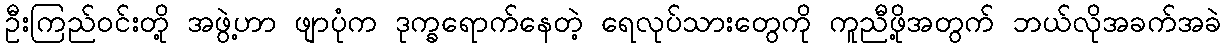
ဦးကြည်ဝင်းတို့ အဖွဲ့ဟာ ဖျာပုံက ဒုက္ခရောက်နေတဲ့ ရေလုပ်သားတွေကို ကူညီဖို့အတွက် ဘယ်လိုအခက်အခဲ